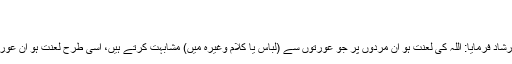
مسلم ۲۶۰۹
چودہواں باب : مردوں اور عورتوں کے لباس میں مشابہت :
* حضرت عبد اللہ بن عباسؓ روایت کرتے ہیں کہ نبی اکرم ﷺ نے ارشاد فرمایا: اللہ کی لعنت ہو ان مردوں پر جو عورتوں سے (لباس یا کلام وغیرہ میں) مشابہت کرتے ہیں، اسی طرح لعنت ہو ان عورتوں پر جو مردوں کی (لباس یا کلام وغیرہ میں) مشابہت کرتی ہیں۔